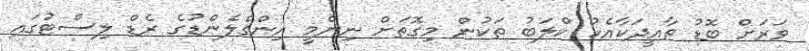
ވަރަށް ބޮޑު ތާއީދަކާއެކު ކްލަބު ތަކުން މިގޮތަށް ނިންމީ އިންގްލެންޑުގެ ރެޑް ލިސްޓުގައި